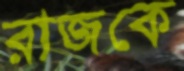
রাজকে